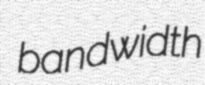
bandwidth